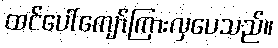
ထင်ပေါ်ကျော်ကြားလှပေသည်။